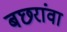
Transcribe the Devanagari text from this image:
बछरांवा